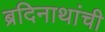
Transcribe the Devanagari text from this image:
ब्रदिनाथांची